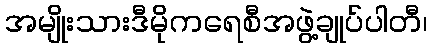
အမျိုးသားဒီမိုကရေစီအဖွဲ့ချုပ်ပါတီ၊